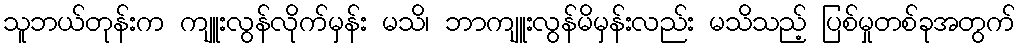
သူဘယ်တုန်းက ကျူးလွန်လိုက်မှန်း မသိ၊ ဘာကျူးလွန်မိမှန်းလည်း မသိသည့် ပြစ်မှုတစ်ခုအတွက်